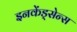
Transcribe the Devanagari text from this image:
इनकेंड्सेन्स